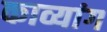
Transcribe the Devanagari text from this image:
काव्यांग